Insane asylums Bombay 1873-77 - 1873-1877
Year: 1873
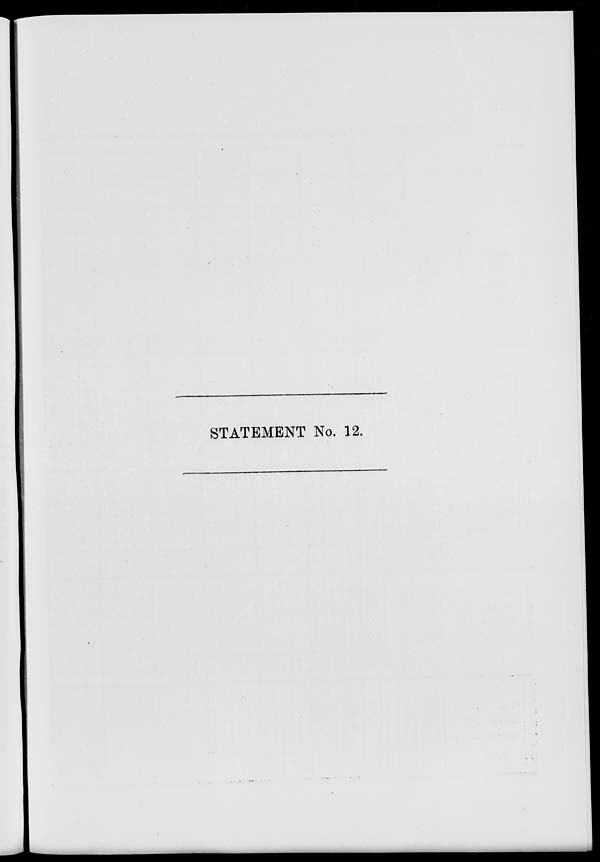
STATEMENT No. 12.